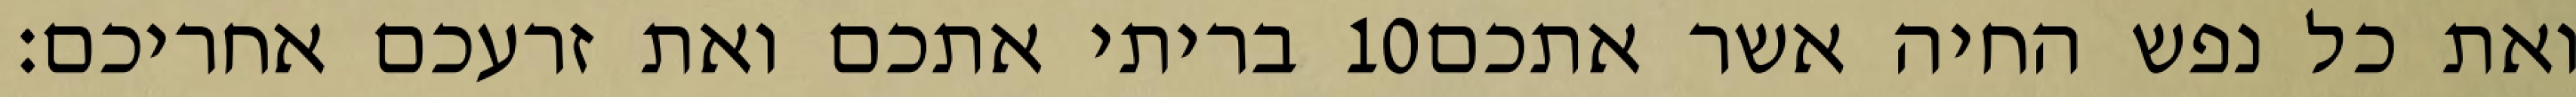
בריתי אתכם ואת זרעכם אחריכם׃ ‎10‏ ואת כל נפש החיה אשר אתכם